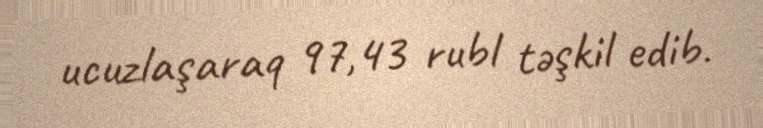
ucuzlaşaraq 97,43 rubl təşkil edib.